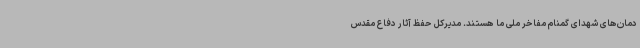
دمان‌های شهدای گمنام مفاخر ملی ما هستند. مدیرکل حفظ آثار دفاع مقدس